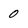
Character: 0